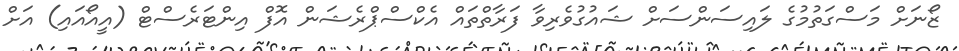
ޒޯނަށް މަސްގަތުމުގެ ލައިސަންސަށް ޝައުގުވެރިވާ ފަރާތްތައް އެކްސްޕްރެޝަން އޮފް އިންޓަރެސްޓް (އީއޯއައި) އަށް